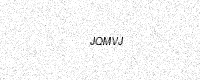
Text: JQMVJ